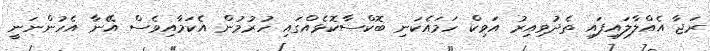
ރަޖާ އެއްލާލައިފައި ތެދުވިއިރު އަވިކް ހަމައެކަނި ބޮކްސާކޮޅެއްގައި ހުރުމުން އެކަމާއިވެސް އޭނާ އެހުންނަނީ